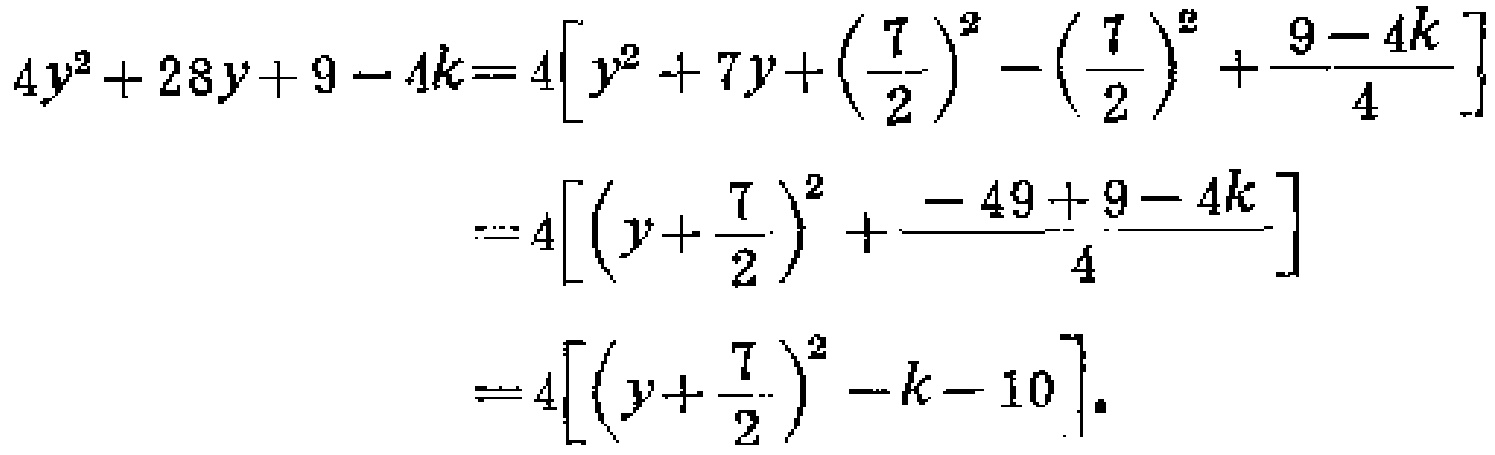
\[
\begin{align*}
4y^{2}+28y + 9-4k&=4\left[y^{2}+7y+\left(\frac{7}{2}\right)^{2}-\left(\frac{7}{2}\right)^{2}+\frac{9 - 4k}{4}\right]\\
&=4\left[\left(y+\frac{7}{2}\right)^{2}+\frac{-49 + 9-4k}{4}\right]\\
&=4\left[\left(y+\frac{7}{2}\right)^{2}-k - 10\right].
\end{align*}
\]